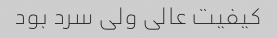
کیفیت عالی ولی سرد بود